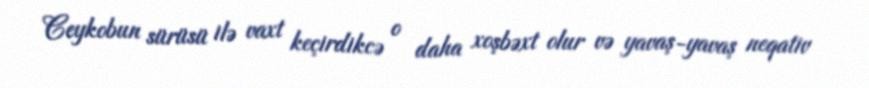
Ceykobun sürüsü ilə vaxt keçirdikcə o daha xoşbəxt olur və yavaş-yavaş neqativ